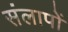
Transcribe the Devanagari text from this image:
संलापों